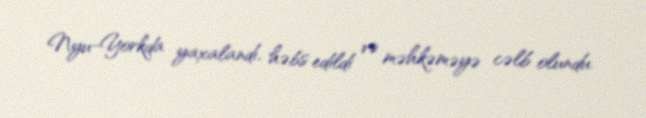
Nyu-Yorkda yaxalandı, həbs edildi və məhkəməyə cəlb olundu.